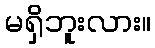
မရှိဘူးလား။